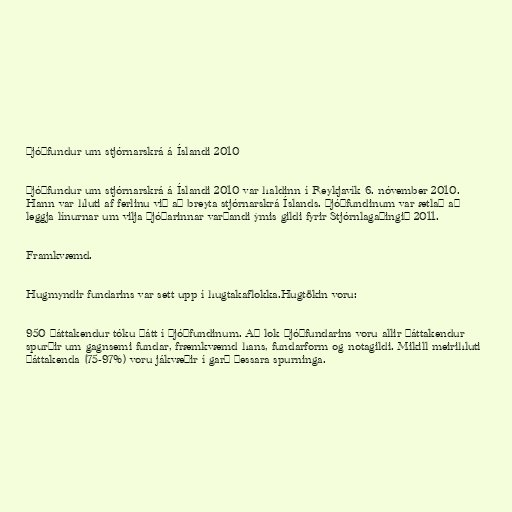
Þjóðfundur um stjórnarskrá á Íslandi 2010

Þjóðfundur um stjórnarskrá á Íslandi 2010 var haldinn í Reykjavík 6. nóvember 2010.
Hann var hluti af ferlinu við að breyta stjórnarskrá Íslands. Þjóðfundinum var ætlað að
leggja línurnar um vilja þjóðarinnar varðandi ýmis gildi fyrir Stjórnlagaþingið 2011.

Framkvæmd.

Hugmyndir fundarins var sett upp í hugtakaflokka.Hugtökin voru:

950 þáttakendur tóku þátt í þjóðfundinum. Að lok þjóðfundarins voru allir þáttakendur
spurðir um gagnsemi fundar, fræmkvæmd hans, fundarform og notagildi. Mikill meirihluti
þáttakenda (75-97%) voru jákvæðir í garð þessara spurninga.